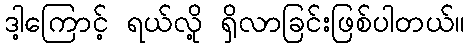
ဒါ့ကြောင့် ရယ်လို့ ရှိလာခြင်းဖြစ်ပါတယ်။